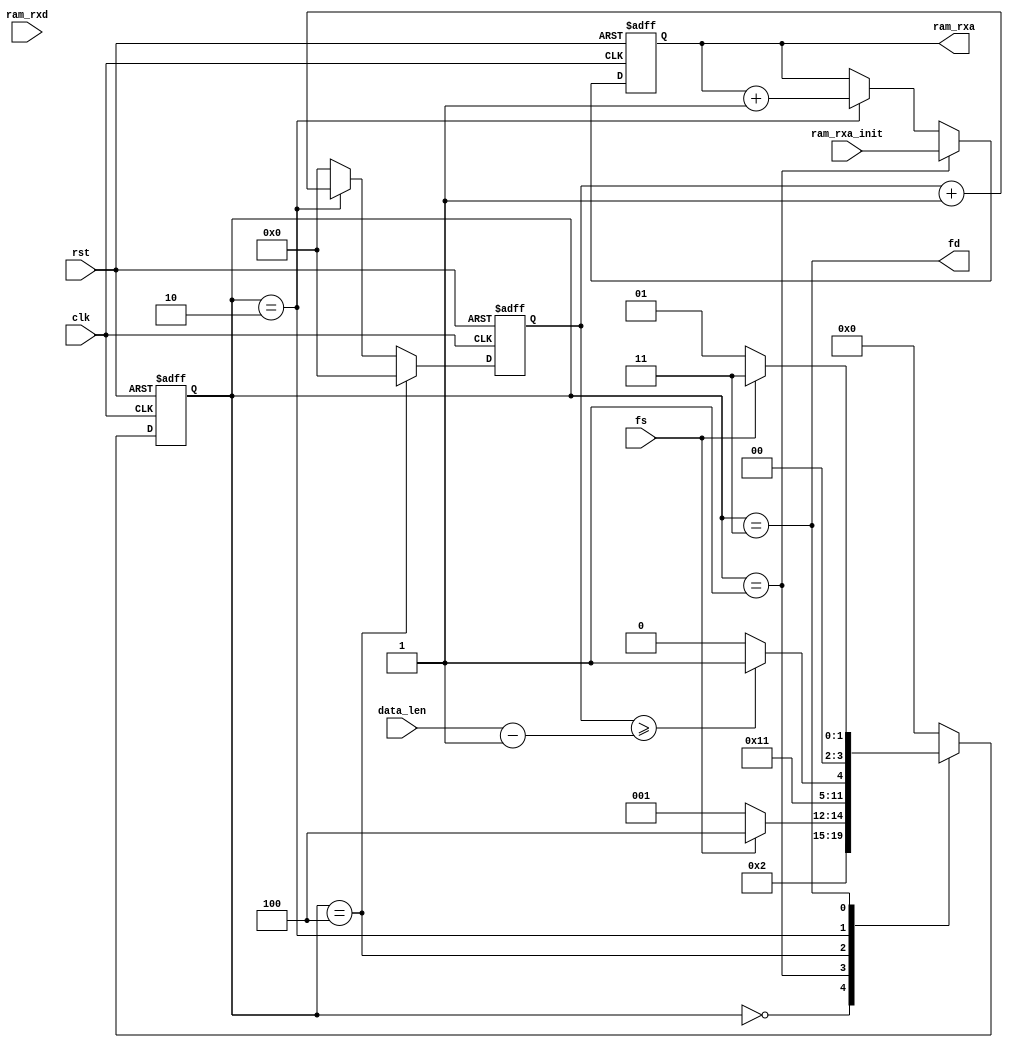
module ram_rx(
    input clk,
    input rst,

    input fs,
    output fd,
    input [11:0] ram_rxa_init,
    input [11:0] data_len,

    output reg [11:0] ram_rxa,
    input [7:0] ram_rxd
);

    reg [3:0] state, next_state;

    localparam IDLE = 4'h0, WAIT = 4'h1, WORK = 4'h2, DONE = 4'h3;
    localparam INIT = 4'h4;

    reg [7:0] num;

    assign fd = (state == DONE);

    always@(posedge clk or posedge rst) begin
        if(rst) state <= IDLE;
        else state <= next_state;
    end

    always@(*) begin
        case(state)
            IDLE: next_state <= WAIT;
            WAIT: begin
                if(fs) next_state <= INIT;
                else next_state <= WAIT;
            end
            INIT: next_state <= WORK;
            WORK: begin
                if(num >= data_len - 1'b1) next_state <= DONE;
                else next_state <= WORK;
            end
            DONE: begin
                if(~fs) next_state <= WAIT;
                else next_state <= DONE;
            end
            default: next_state <= IDLE;
        endcase
    end

    always@(posedge clk or posedge rst) begin
        if(rst) ram_rxa <= 12'h000;
        else if(state == WAIT) ram_rxa <= ram_rxa_init;
        else if(state == WORK) ram_rxa <= ram_rxa + 1'b1;
        else ram_rxa <= ram_rxa;
    end


    always@(posedge clk or posedge rst) begin // num
        if(rst) num <= 8'h00;
        else if(state == INIT) num <= 8'h00;
        else if(state == WORK) num <= num + 1'b1;
        else num <= 8'h00;
    end


endmodule